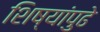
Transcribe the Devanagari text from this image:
शिष्यांपुढे